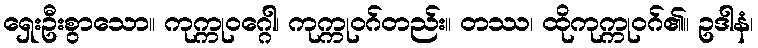
ရှေးဦးစွာသော။ ကုက္ကုဝဂ္ဂေါ၊ ကုက္ကုဝဂ်တည်း။ တဿ၊ ထိုကုက္ကုဝဂ်၏။ ဥဒါနံ၊